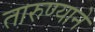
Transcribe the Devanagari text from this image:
तारुण्याने